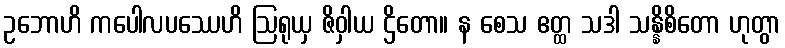
ဥဘောဟိ ကပေါလပဿေဟိ ဩရုယှ ဇိဝှါယ ဌိတော။ န စေသ ဧတ္ထ သဒါ သန္နိစိတော ဟုတွာ